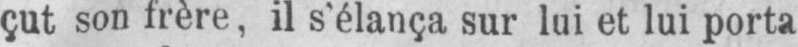
çut son frère, il s’élança sur lui et lui porta